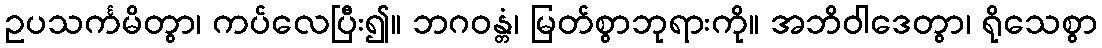
ဥပသင်္ကမိတွာ၊ ကပ်လေပြီး၍။ ဘဂဝန္တံ၊ မြတ်စွာဘုရားကို။ အဘိဝါဒေတွာ၊ ရိုသေစွာ